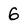
Character: 6